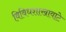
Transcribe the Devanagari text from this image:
विविधशाखावाटे